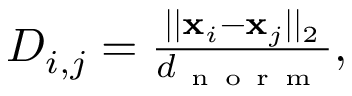
\begin{array} { r } { D _ { i , j } = \frac { | | \mathbf { x } _ { i } - \mathbf { x } _ { j } | | _ { 2 } } { d _ { \mathrm { ~ n ~ o ~ r ~ m ~ } } } , } \end{array}